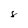
Character: 8